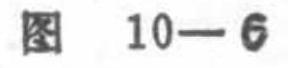
图 \(10 - 6\)